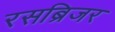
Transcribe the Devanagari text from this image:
रसब्रिजर